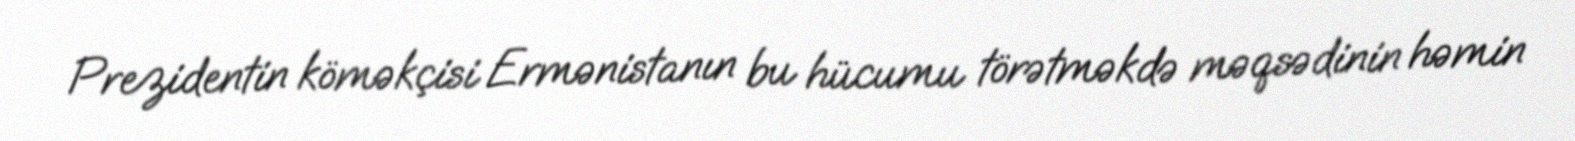
Prezidentin köməkçisi Ermənistanın bu hücumu törətməkdə məqsədinin həmin